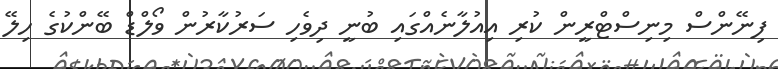
ފިނޭންސް މިނިސްޓްރީން ކުރި އިއުލާނެއްގައި ބުނީ ދިވެހި ސަރުކާރުން ވޯލްޑް ބޭންކުގެ ހިލޭ